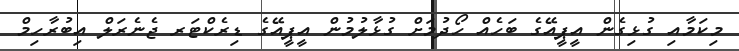
މިކަމާއި ގުޅިގެން އީޕީއޭގެ ބަހެއް ހޯދުމަށް ގުޅާލުމުން އީޕީއޭގެ ޑިރެކްޓަރ ޖެނެރަލް އިބުރާހިމް